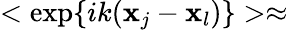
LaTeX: <\exp\{ ik(\mathbf{x}_{j}-\mathbf{x}_{l})\} >\approx